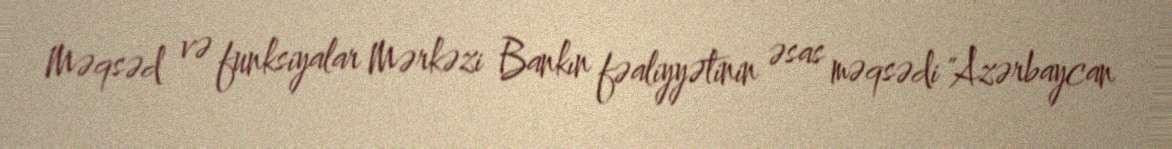
Məqsəd və funksiyalar Mərkəzi Bankın fəaliyyətinin əsas məqsədi "Azərbaycan